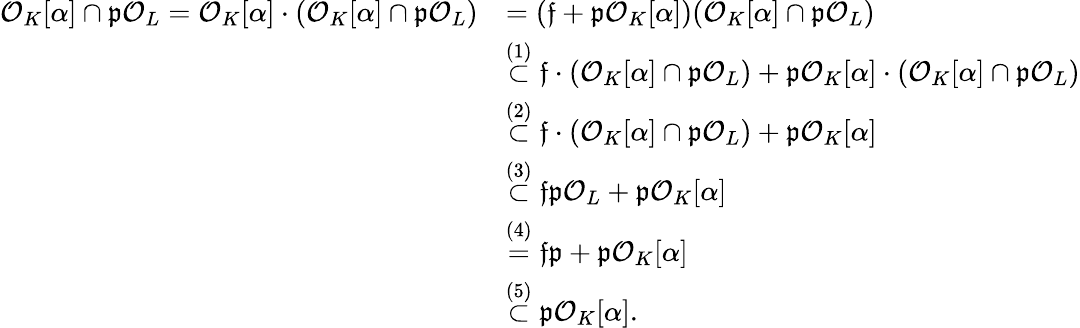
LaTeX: \begin{array}{rl}{\mathcal O_{K}[\alpha]\cap\mathfrak p\mathcal O_{L}=\mathcal O_{K}[\alpha]\cdot(\mathcal O_{K}[\alpha]\cap\mathfrak p\mathcal O_{L})}&{=(\mathfrak f+\mathfrak p\mathcal O_{K}[\alpha])(\mathcal O_{K}[\alpha]\cap\mathfrak p\mathcal O_{L})}\\ &{\stackrel{(1)}{\subset}\mathfrak f\cdot(\mathcal O_{K}[\alpha]\cap\mathfrak p\mathcal O_{L})+\mathfrak p\mathcal O_{K}[\alpha]\cdot(\mathcal O_{K}[\alpha]\cap\mathfrak p\mathcal O_{L})}\\ &{\stackrel{(2)}{\subset}\mathfrak f\cdot(\mathcal O_{K}[\alpha]\cap\mathfrak p\mathcal O_{L})+\mathfrak p\mathcal O_{K}[\alpha]}\\ &{\stackrel{(3)}{\subset}\mathfrak f\mathfrak p\mathcal O_{L}+\mathfrak p\mathcal O_{K}[\alpha]}\\ &{\stackrel{(4)}{=}\mathfrak f\mathfrak p+\mathfrak p\mathcal O_{K}[\alpha]}\\ &{\stackrel{(5)}{\subset}\mathfrak p\mathcal O_{K}[\alpha].}\end{array}